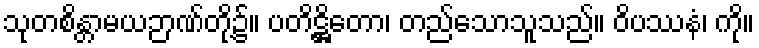
သုတစိန္တာမယဉာဏ်တို့၌။ ပတိဋ္ဌိတော၊ တည်သောသူသည်။ ဝိပဿနံ၊ ကို။